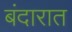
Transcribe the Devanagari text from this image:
बंदारात